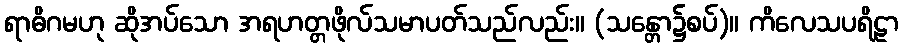
ရာဓိဂမဟု ဆိုအပ်သော အရဟတ္တဖိုလ်သမာပတ်သည်လည်း။ (သန္တော၌စပ်)။ ကိလေသပရိဠာ